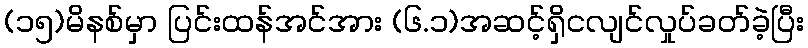
(၁၅)မိနစ်မှာ ပြင်းထန်အင်အား (၆.၁)အဆင့်ရှိငလျင်လှုပ်ခတ်ခဲ့ပြီး